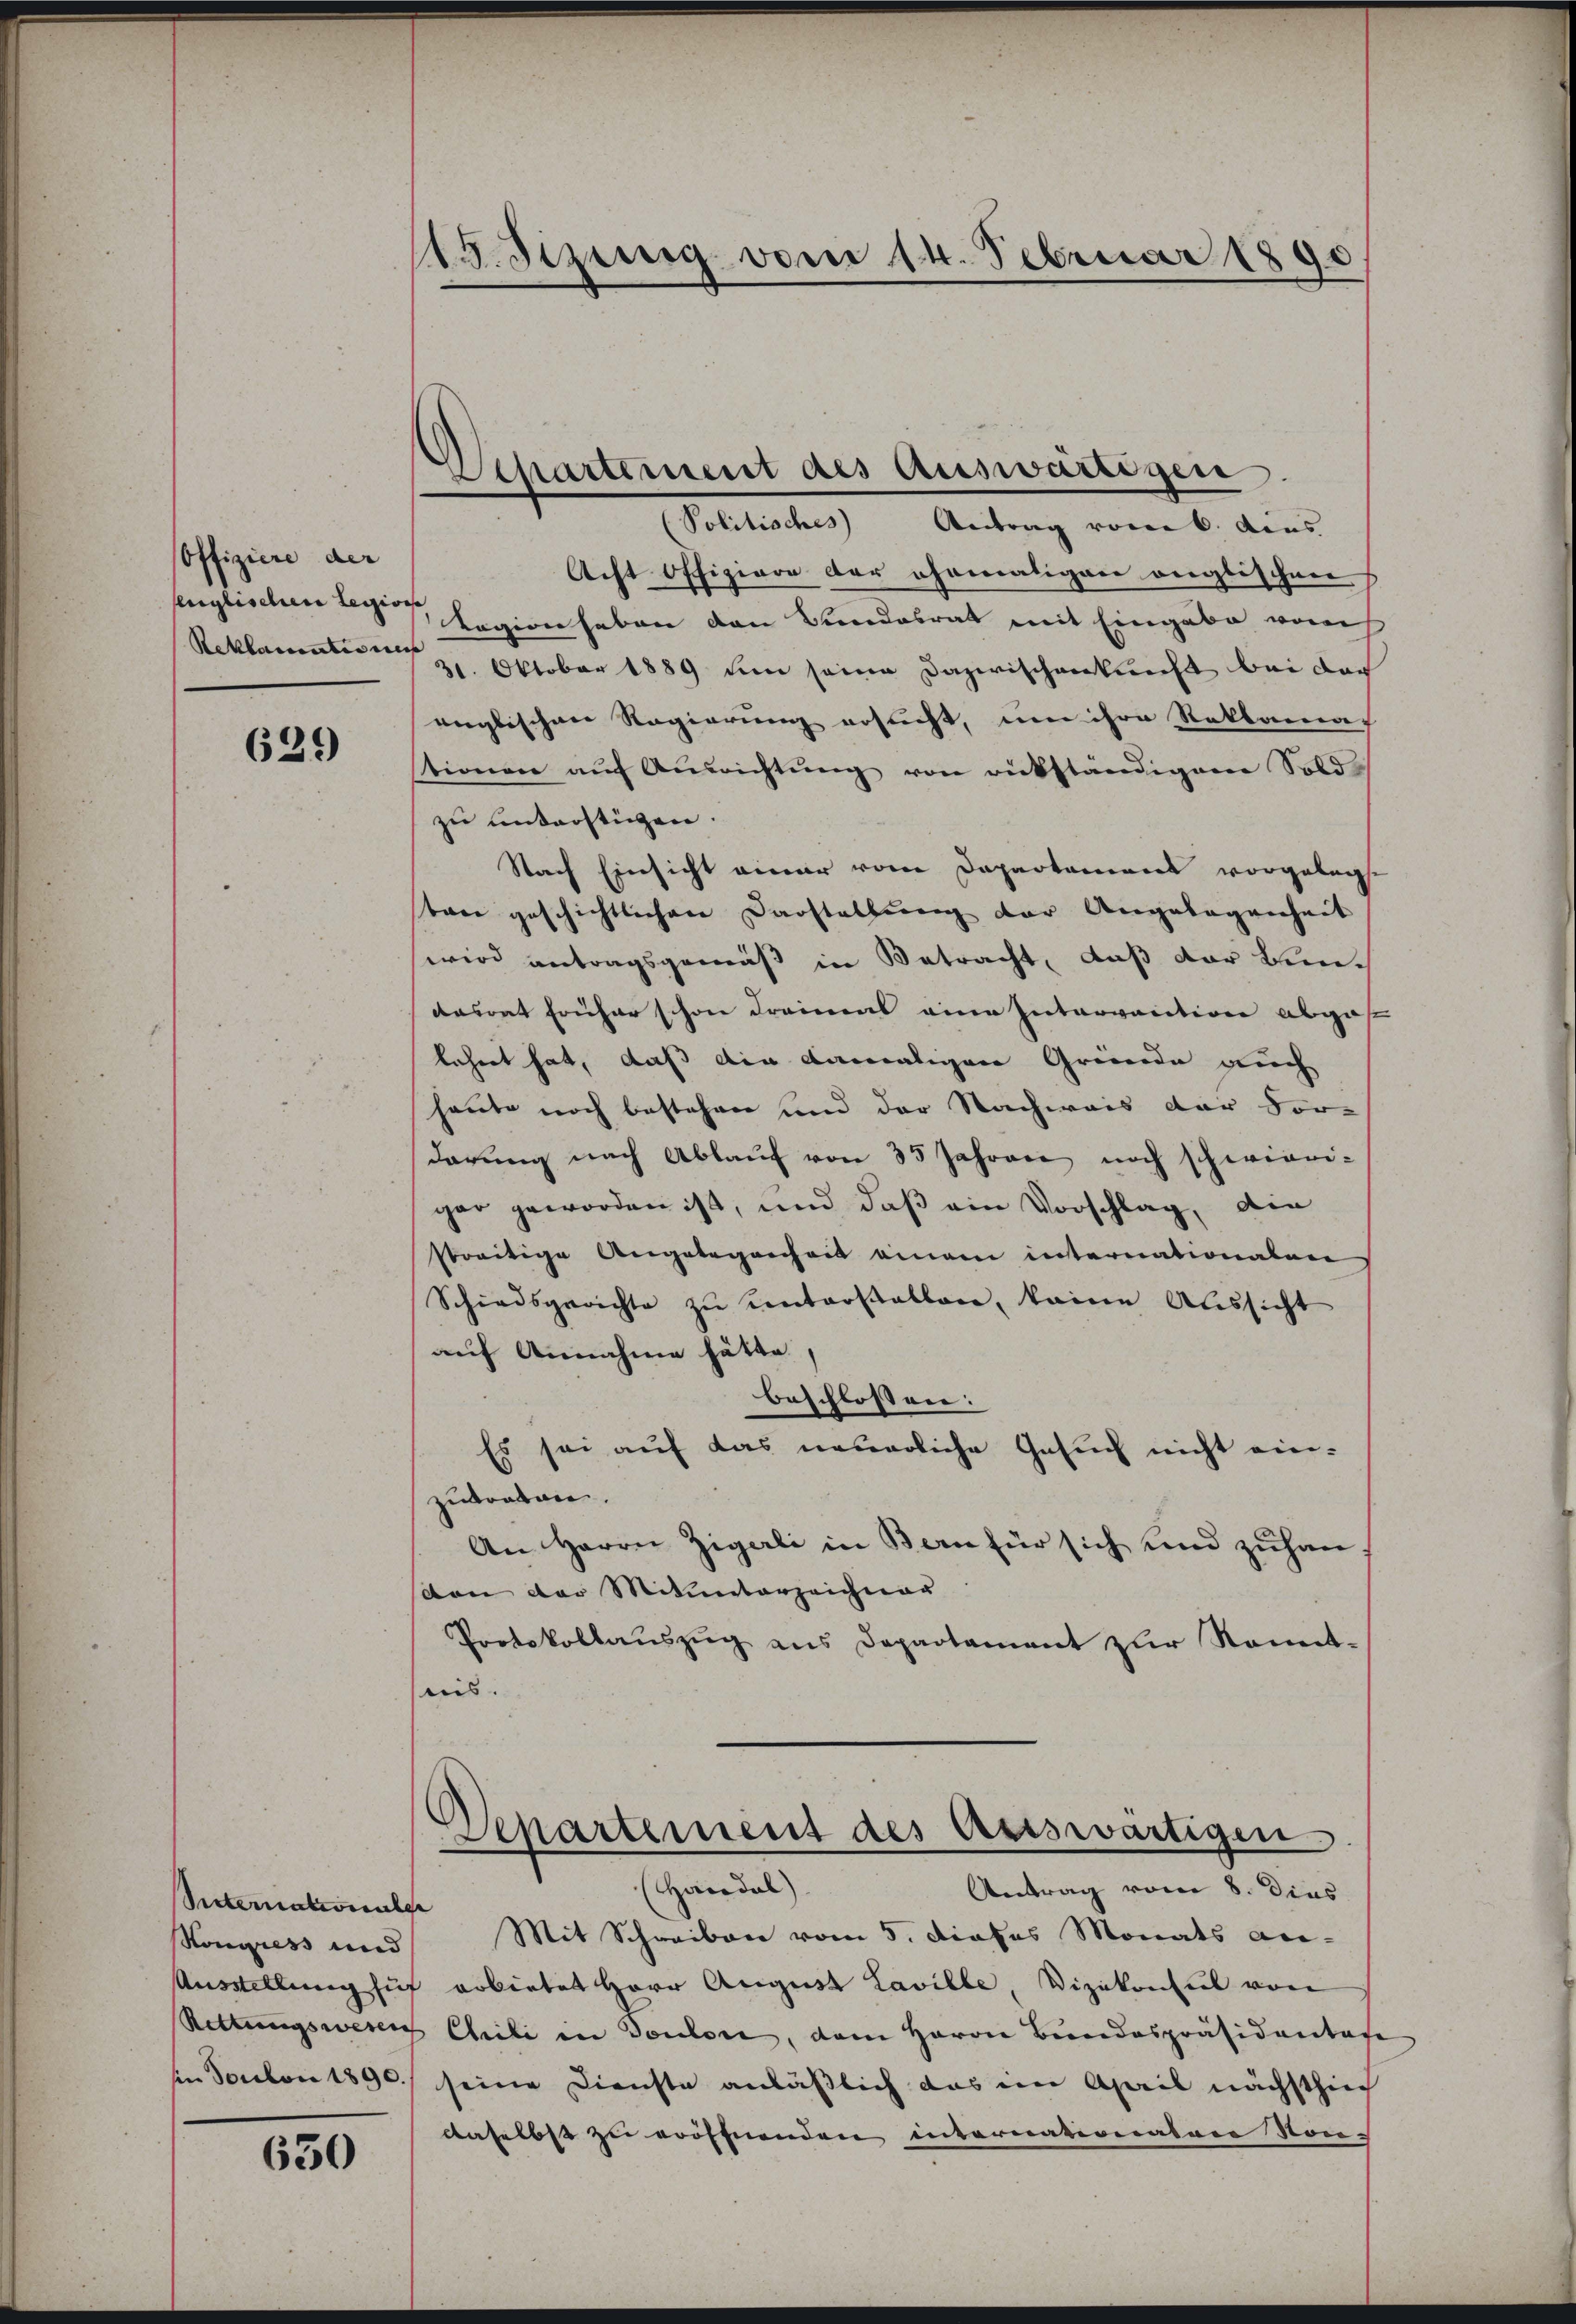
offiziere der
senglischen Legions
Reklamationis

629

Secternationsler
Kongress und

630

15. Sizung vom 14. Februar 1890

Echartement des Auswärtigen
Politisches Antrag vom 6. Aus

Acht Offiziere der ehemaligen englischen
Tagion haben den Bundesrat mit Eingabe vom
31. Oktober 1889 um seine Dazwischenkunft bei doch
englischen Regierung ersucht, um ihre Reklamat
tionen auf Ausrichtung von rückständigem Solde
zu unterstüzen.
Nach Einsicht einer vom Departament vorgelegt
sten geschichtlichen Darstellung der Angelegenheit
wird antragsgemäß in Betracht, daß der Bundasrat früher schon dreimens eine Intervation abgef
lehnet hat, daß die damaligen Gründe auch
heute noch bestehen und der Nachweis der Vor-
darung nach Ablauf von 35 Jahren noch schwieri-
gar geworden ist, und daß ein Vorschlag, die
streitige Angelegenheit einem internationalen
Schiedsgerichte zŭ entarstellen, keine Aŭssicht
auf Annahme hätte,
beschlossen:
Es sei auf das neuerliche Gesuch nicht ein-
zutreten.
An Herrn Zigali in Bern für sich und zuhan
von der Mitunterzeichner
Protokollaŭszŭg ans Departament zŭr Sonnt-
uis.
Separtement des Auswärtigen.
(Haoedel) |
Antrag vom 8. Dies
Mit Schreiben vom 5. Dieses Monats an-
Ausstellung sich arbietet Herr August Laville, Vizekonsul von
Rettungswesen Chili in Toulon, dem Herrn Bundespräsidentate
n Soulon 1890. seine Dienste anläßlich das im April nächsthin
daselbst zu eröffnenden internationalere Non-